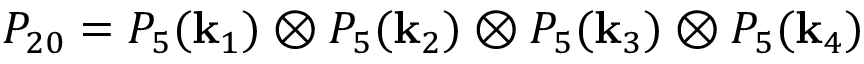
P _ { 2 0 } = P _ { 5 } ( \mathbf { k } _ { 1 } ) \otimes P _ { 5 } ( \mathbf { k } _ { 2 } ) \otimes P _ { 5 } ( \mathbf { k } _ { 3 } ) \otimes P _ { 5 } ( \mathbf { k } _ { 4 } )